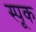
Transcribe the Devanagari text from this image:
स्पूक